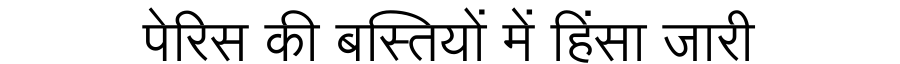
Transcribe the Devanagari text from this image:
पेरिस की बस्तियों में हिंसा जारी